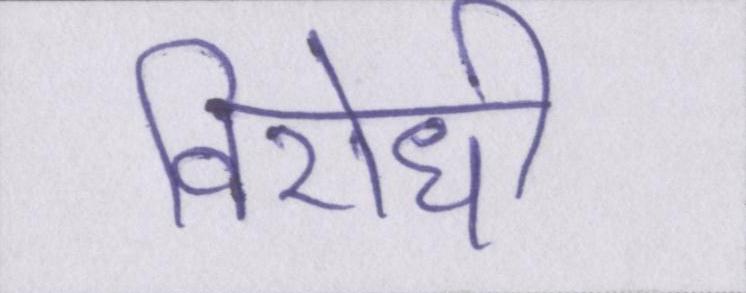
विरोधी